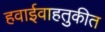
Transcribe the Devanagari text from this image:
हवाईवाहतुकीत